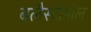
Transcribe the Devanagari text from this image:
बलैस्टोपोल